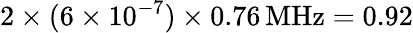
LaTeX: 2\times(6\times 10^{-7})\times 0.76\, \mathrm{MHz}=0.92